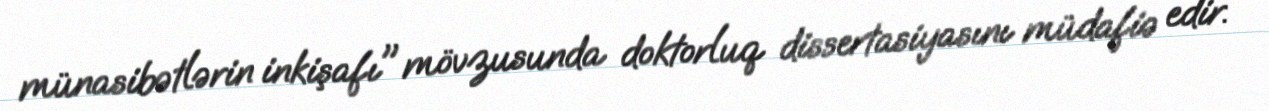
münasibətlərin inkişafı" mövzusunda doktorluq dissertasiyasını müdafiə edir.